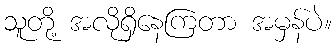
သူတို့ အလိုရှိနေကြတာ အမှန်ပဲ။